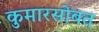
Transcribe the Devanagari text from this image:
कुमारसोबत